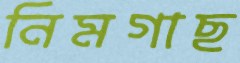
নিমগাছ